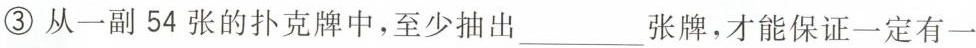
③从一副54张的扑克牌中，至少抽出___张牌，才能保证一定有一